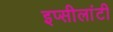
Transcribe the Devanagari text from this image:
इप्सीलांटी